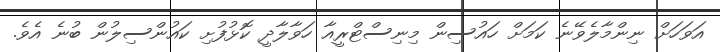
އަވަހަށް ނިންމާލެވޭނެ ކަމަށް ހައުސިން މިނިސްޓްރީއާ ހަވާލާދީ ކޮޅުފުށި ކައުންސިލުން ބުނެ އެެވެ.